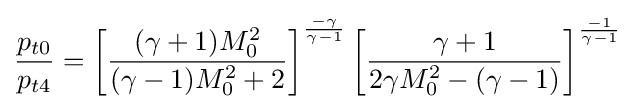
{\frac {p_{t0}}{p_{t4}}}=\left[{\frac {(\gamma +1)M_{0}^{2}}{(\gamma -1)M_{0}^{2}+2}}\right]^{\frac {-\gamma }{\gamma -1}}\left[{\frac {\gamma +1}{2\gamma M_{0}^{2}-(\gamma -1)}}\right]^{\frac {-1}{\gamma -1}}